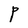
Character: P